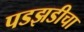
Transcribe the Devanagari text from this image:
पडझडीचा